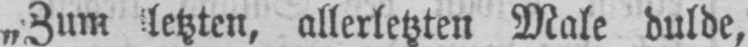
„Zum letzten, allerletzten Male dulde,